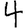
Digit: 4